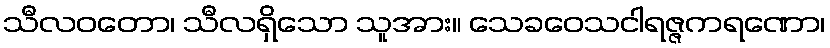
သီလဝတော၊ သီလရှိသော သူအား။ သေခဝေသငါရဇ္ဇကရဏော၊